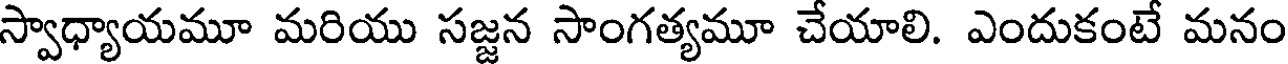
స్వాధ్యాయమూ మరియు సజ్జన సాంగత్యమూ చేయాలి. ఎందుకంటే మనం